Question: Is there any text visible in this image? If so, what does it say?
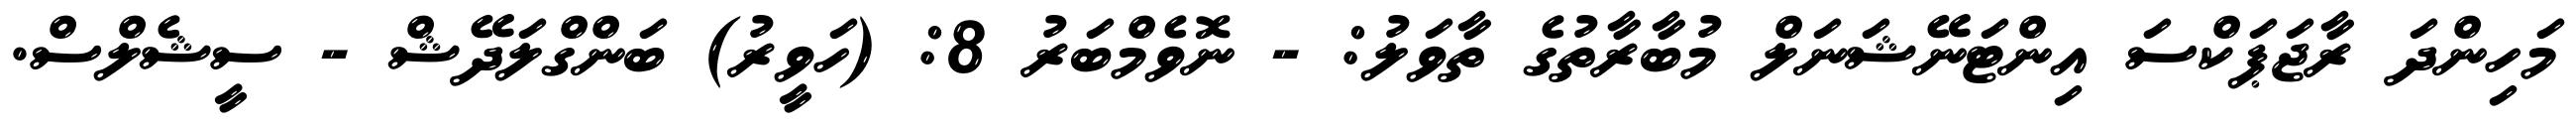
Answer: މަހިންދަ ރާޖަޕަކްސަ އިންޓަނޭޝަނަލް މުބާރާތުގެ ތާވަލު: - ނޮވެމްބަރު 8: (ހަވީރު) ބަންގްލަދޭޝް - ސީޝެލްސް.